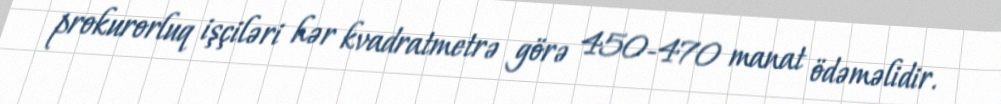
prokurorluq işçiləri hər kvadratmetrə görə 450-470 manat ödəməlidir.